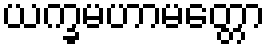
ယက္ခမဟာမတ္တော